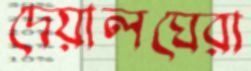
দেয়ালঘেরা